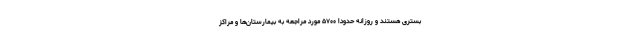
بستری هستند و روزانه حدودا ۵۷۰۰ مورد مراجعه به بیمارستان‌ها و مراکز